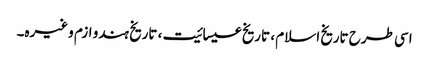
اسی طرح تاریخ اسلام ، تاریخ عیسائیت ، تاریخ ہندو ازم وغیرہ۔